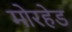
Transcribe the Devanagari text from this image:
मोरहेड